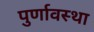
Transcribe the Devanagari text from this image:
पुर्णावस्था